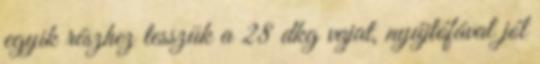
egyik részhez tesszük a 28 dkg vajat, nyújtófával jól